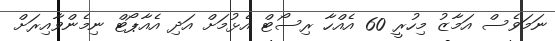
ނަމަވެސް އަމާޒު މިހުރީ 60 އެއްހާ ރިސޯޓް އެޅުމަށް އަދި އެއާޕޯޓް ނިމެންވާއިރަށް